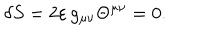
LaTeX: \delta S = 2 \varepsilon \, g _ { \mu \nu } \Theta ^ { \mu \nu } = 0 .